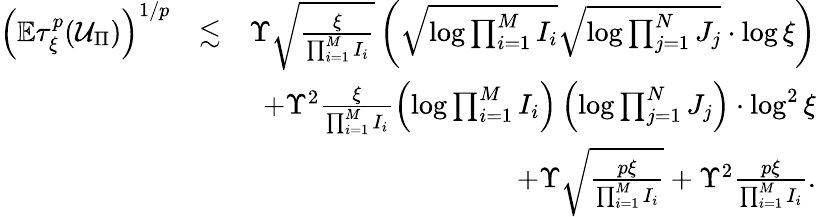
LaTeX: \begin{array}{rlr}{\left(\mathbb{E}\tau_{\xi}^{p}(\mathcal{U}_{\Pi})\right)^{1/p}}&{\lesssim}&{\Upsilon\sqrt{\frac{\xi}{\prod_{i=1}^{M}I_{i}}}\left(\sqrt{\log\prod_{i=1}^{M}I_{i}}\sqrt{\log\prod_{j=1}^{N}J_{j}}\cdot\log\xi\right)}\\ &{}&{+\Upsilon^{2}\frac{\xi}{\prod_{i=1}^{M}I_{i}}\left(\log\prod_{i=1}^{M}I_{i}\right)\left(\log\prod_{j=1}^{N}J_{j}\right)\cdot\log^{2}\xi}\\ &{}&{+\Upsilon\sqrt{\frac{p\xi}{\prod_{i=1}^{M}I_{i}}}+\Upsilon^{2}\frac{p\xi}{\prod_{i=1}^{M}I_{i}}.}\end{array}